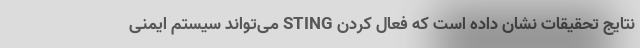
نتایج تحقیقات نشان داده است که فعال کردن STING می‌تواند سیستم ایمنی